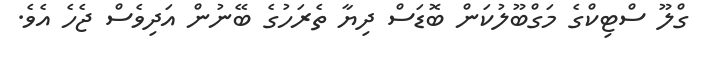
ގްލޫ ސްޓިކްގެ މަގްބޫލުކަން ބޮޑަސް ދިޔާ ތެރަހުގެ ބޭނުން އަދިވެސް ޖެހެ އެވެ.